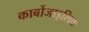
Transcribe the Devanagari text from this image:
कार्बोजाइलिक